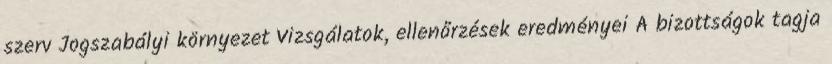
szerv Jogszabályi környezet Vizsgálatok, ellenőrzések eredményei A bizottságok tagja